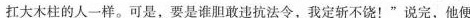
扛大木柱的人一样。可是，要是谁胆敢违抗法令，我定斩不饶！”说完，他便